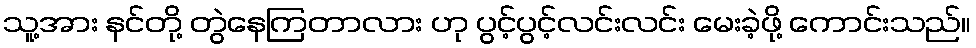
သူ့အား နင်တို့ တွဲနေကြတာလား ဟု ပွင့်ပွင့်လင်းလင်း မေးခဲ့ဖို့ ကောင်းသည်။